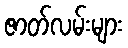
ဇာတ်လမ်းများ